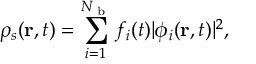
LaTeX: \rho _ { s } ( \mathbf { r } , t ) = \sum _ { i = 1 } ^ { N _ { \textrm { b } } } f _ { i } ( t ) | \phi _ { i } ( \mathbf { r } , t ) | ^ { 2 } ,